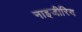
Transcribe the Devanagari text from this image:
नाइजीरिय